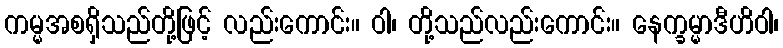
ကမ္မအစရှိသည်တို့ဖြင့် လည်းကောင်း။ ဝါ၊ တို့သည်လည်းကောင်း။ နေက္ခမ္မာဒီဟိဝါ၊